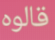
قالوه